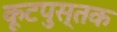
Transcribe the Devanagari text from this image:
कूटपुस्तक